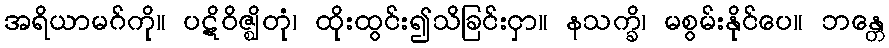
အရိယာမဂ်ကို။ ပဋိဝိဇ္ဈိတုံ၊ ထိုးထွင်း၍သိခြင်းငှာ။ နသက္ခိ၊ မစွမ်းနိုင်ပေ။ ဘန္တေ